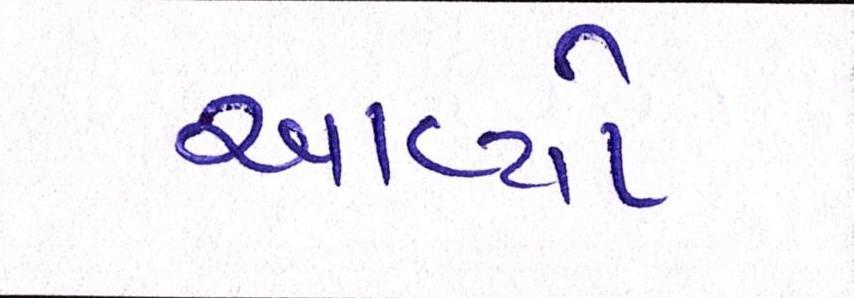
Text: આવ્યો